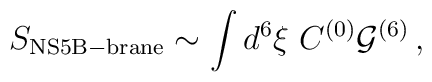
S_{\rm NS5B-brane} \sim \int d^6\xi\ C^{(0)} {\cal G}^{(6)}\, ,